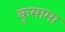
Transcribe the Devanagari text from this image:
कुसामा